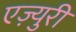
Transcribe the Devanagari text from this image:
एज़्युरी